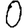
Digit: 0